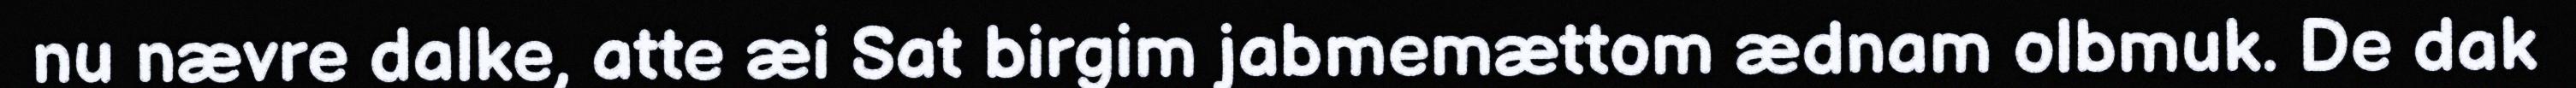
nu nævre dalke, atte æi Sat birgim jabmemættom ædnam olbmuk. De dak